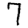
Digit: 7